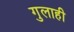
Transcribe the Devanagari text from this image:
गुलाही